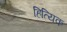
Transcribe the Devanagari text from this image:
हित्यिक